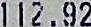
112.92